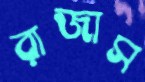
রাজাস